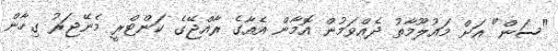
"ސަން" އަށް މައުލޫމާތު ދެއްވަމުން އޮމާން އެއާގެ ރާއްޖޭގެ ކަންޓްރީ މެނޭޖަރު ގިހާން